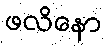
ဖလိနော